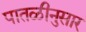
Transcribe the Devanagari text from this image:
पातळीनुसार